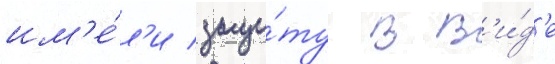
им'е́л'и защи́ту в в'и́д'е